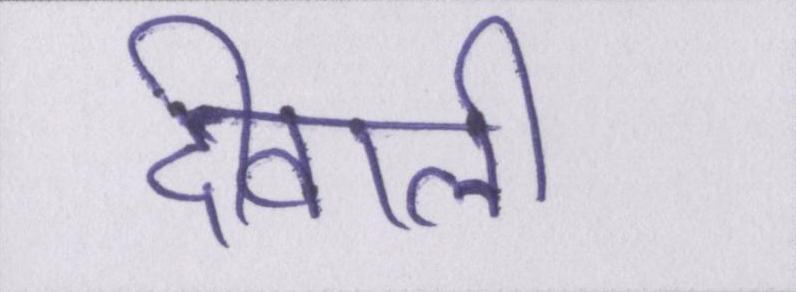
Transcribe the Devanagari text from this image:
दीवाली